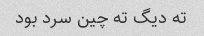
ته دیگ ته چین سرد بود